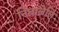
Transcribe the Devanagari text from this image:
निघालेलि